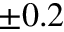
\pm 0 . 2